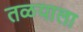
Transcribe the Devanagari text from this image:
तळयाला